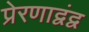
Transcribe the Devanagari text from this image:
प्रेरणाद्वंद्व